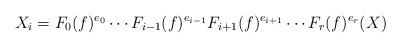
LaTeX: \begin{align*}X_{i}=F_{0}(f)^{e_{0}} \cdots F_{i-1}(f)^{e_{i-1}} F_{i+1}(f)^{e_{i+1}}\cdots F_{r}(f)^{e_{r}}(X)\end{align*}